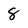
Character: 8